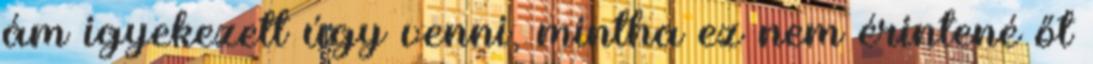
ám igyekezett úgy venni, mintha ez nem érintené őt